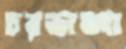
চরভাঙ্গা